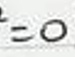
$^{2}=0$